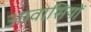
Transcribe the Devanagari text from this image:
आवासियों